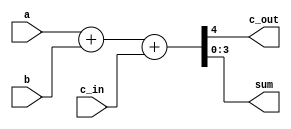
module full_adder(a,b,c_in, c_out, sum);
	parameter n = 4;
	input [n-1:0] a, b;
	input c_in;
	output reg c_out;
	output reg [n-1:0] sum;
	always @(*) 
	begin
		{c_out, sum} = a + b + c_in;
	end
endmodule